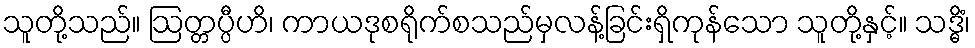
သူတို့သည်။ ဩတ္တပ္ပီဟိ၊ ကာယဒုစရိုက်စသည်မှလန့်ခြင်းရှိကုန်သော သူတို့နှင့်။ သဒ္ဓိံ၊